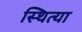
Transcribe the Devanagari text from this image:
स्थित्या